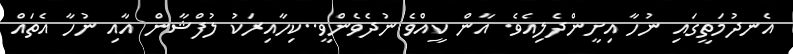
އެނދުމަތީގައި ނުހާ އިށީންދެލިއެވެ. އާން ކީއްވެ ނުދެވެންވީ..ކިހާއިރަކު ލުފްޝާން އާއި ނުހާ އެތައް